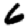
Digit: 6